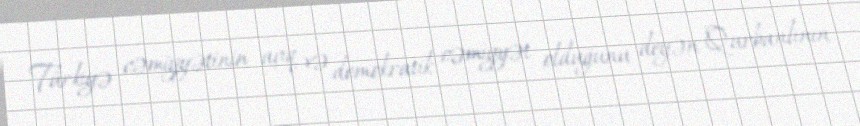
Türkiyə cəmiyyətinin açıq və demokratik cəmiyyət olduğunu deyən Qurbanlının